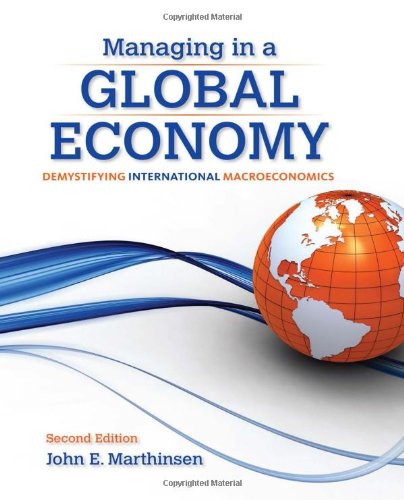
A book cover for Managing in a Global Economy: Demystifying International Macroeconomics; John E. Marthinsen; Business & Money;